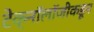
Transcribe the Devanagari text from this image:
टेक्नॉलॉजीकडून